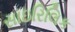
સાઇરિલિક